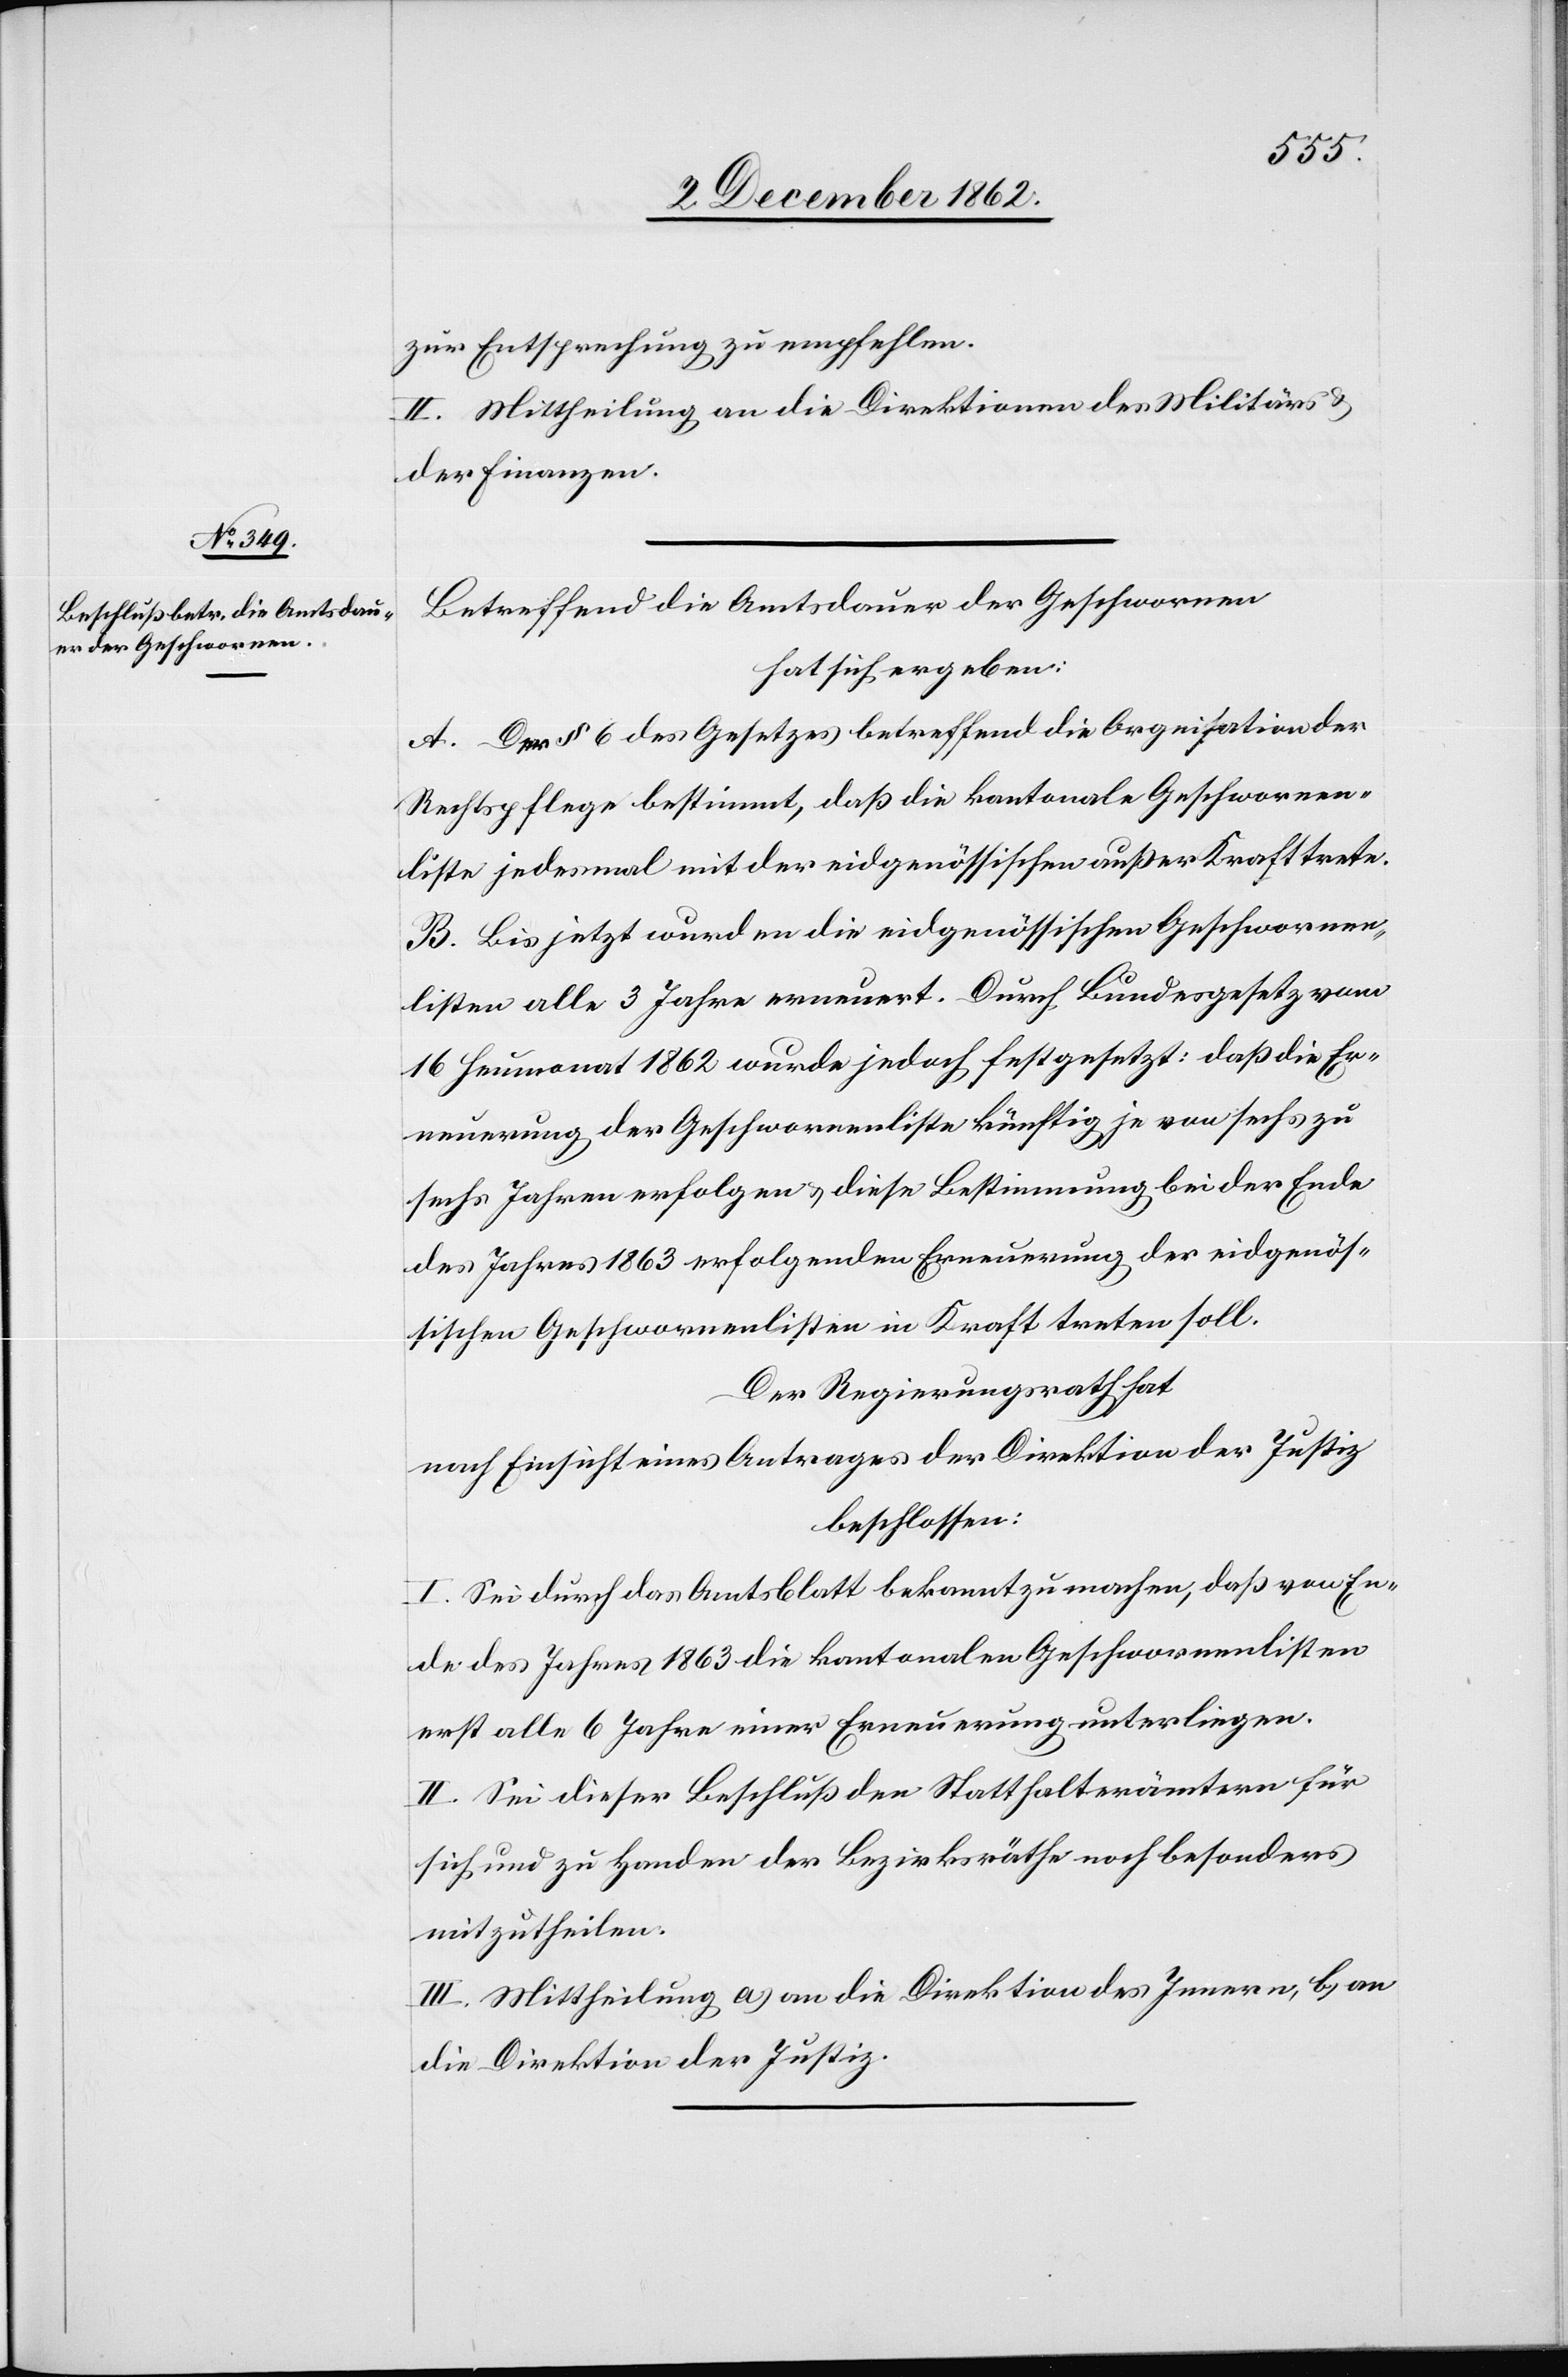
zur Entsprechung zu empfehlen.
II. Mittheilung an die Direktionen des Militärs u.
der Finanzen.
Betreffend die Amtsdauer der Geschwornen
hat sich ergeben:
A. Der § 6 des Gesetzes betreffend die Organisation der
Rechtspflege bestimmt, daß die kantonale Geschwornen¬
liste jedesmal mit der eidgenössischen außer Kraft trete.
B. Bis jetzt wurden die eidgenössischen Geschwornen¬
listen alle 3 Jahre erneuert. Durch Bundesgesetz vom
16. Heumonat 1862 wurde jedoch festgesetzt: daß die Er¬
neuerungen der Geschwornenliste künftig je von sechs zu
sechs Jahren erfolgen u. diese Bestimmung bei der Ende
des Jahres 1863 erfolgenden Erneuerung der eidgenös¬
sischen Geschwornenlisten in Kraft treten soll.
Der Regierungsrath hat
nach Einsicht eines Antrages der Direktion der Justiz
beschlossen:
I. Sei durch das Amtsblatt bekannt zu machen, daß vom En¬
de des Jahres 1863 die kantonalen Geschwornenlisten
erst alle 6 Jahre einer Erneuerung unterliegen.
II. Sei dieser Beschluß den Statthalterämtern für
sich und zu Handen der Bezirksräthe noch besonders
mitzutheilen.
III. Mittheilung a) an die Direktion des Innern, b) an
die Direktion der Justiz.